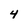
Character: 4